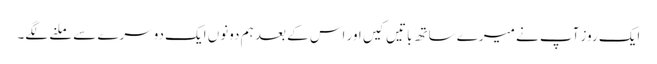
ایک روز آپ نے میرے ساتھ باتیں کیں اور اس کے بعد ہم دونوں ایک دوسرے سے ملنے لگے۔